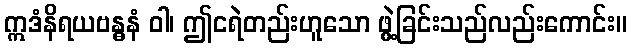
ဣဒံနိရယဗန္ဓနံ ဝါ၊ ဤငရဲတည်းဟူသော ဖွဲ့ခြင်းသည်လည်းကောင်း။